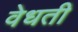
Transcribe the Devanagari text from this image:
वेधती